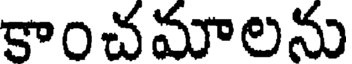
కాంచమాలను